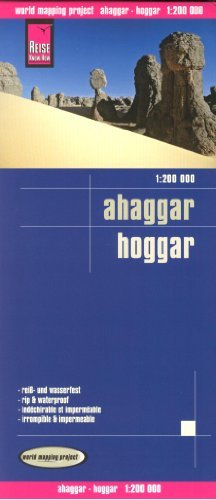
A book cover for Ahaggar (Hoggar, Algeria) 1:200,000 Travel Map, GPS compatible REISE; Reise Knowhow; Travel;